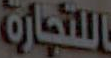
التجارة